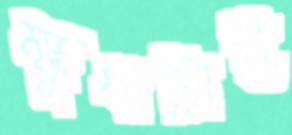
ক্ষুধাটাই